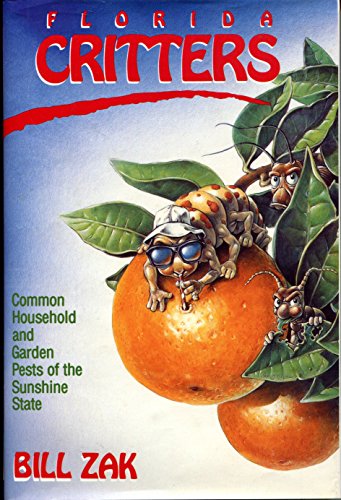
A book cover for Florida Critters: Common Household and Garden Pests of the Sunshine State; Bill Zak; Sports & Outdoors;